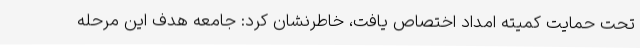
تحت حمایت کمیته امداد اختصاص یافت، خاطرنشان کرد: جامعه هدف این مرحله